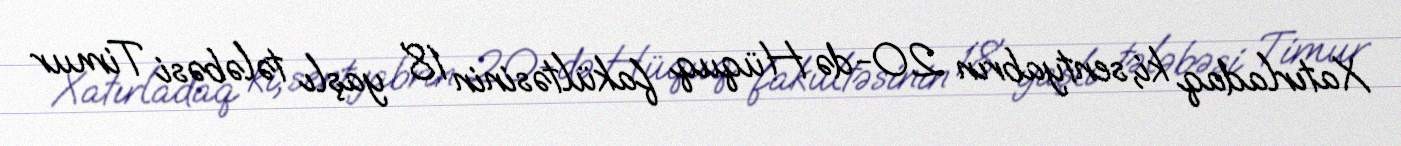
Xatırladaq ki, sentyabrın 20-də Hüquq fakültəsinin 18 yaşlı tələbəsi Timur